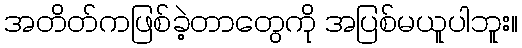
အတိတ်ကဖြစ်ခဲ့တာတွေကို အပြစ်မယူပါဘူး။